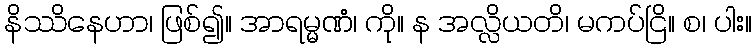
နိဿိနေဟာ၊ ဖြစ်၍။ အာရမ္မဏံ၊ ကို။ န အလ္လိယတိ၊ မကပ်ငြိ။ စ၊ ပါး။